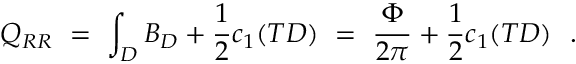
Q _ { R R } \ = \ \int _ { D } B _ { D } + \frac { 1 } { 2 } c _ { 1 } ( T D ) \ = \ \frac { \Phi } { 2 \pi } + \frac { 1 } { 2 } c _ { 1 } ( T D ) \ \ .